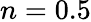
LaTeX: n=0.5